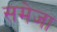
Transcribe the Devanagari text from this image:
समेजा